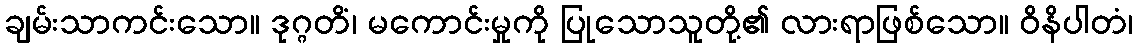
ချမ်းသာကင်းသော။ ဒုဂ္ဂတိံ၊ မကောင်းမှုကို ပြုသောသူတို့၏ လားရာဖြစ်သော။ ဝိနိပါတံ၊